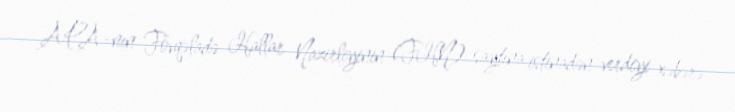
APA-nın Fövqəladə Hallar Nazirliyinin (FHN) saytına istinadən verdiyi xəbərə